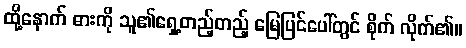
ထို့နောက် ဓားကို သူ၏ရှေ့တည့်တည့် မြေပြင်ပေါ်တွင် စိုက် လိုက်၏။